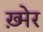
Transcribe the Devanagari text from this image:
ख़्मेर